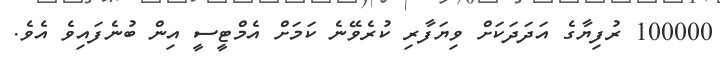
100000 ރުފިޔާގެ އަދަދަކަށް ވިޔަފާރި ކުރެވޭނެ ކަމަށް އެމްޓީސީ އިން ބުނެފައިވެ އެވެ.